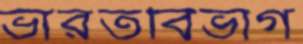
ভারতবিভাগ